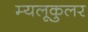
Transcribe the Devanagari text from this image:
म्यलूकुलर